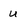
Character: u